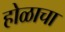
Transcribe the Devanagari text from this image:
होळाचा